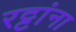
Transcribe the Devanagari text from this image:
रट्टांना